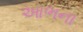
આભના